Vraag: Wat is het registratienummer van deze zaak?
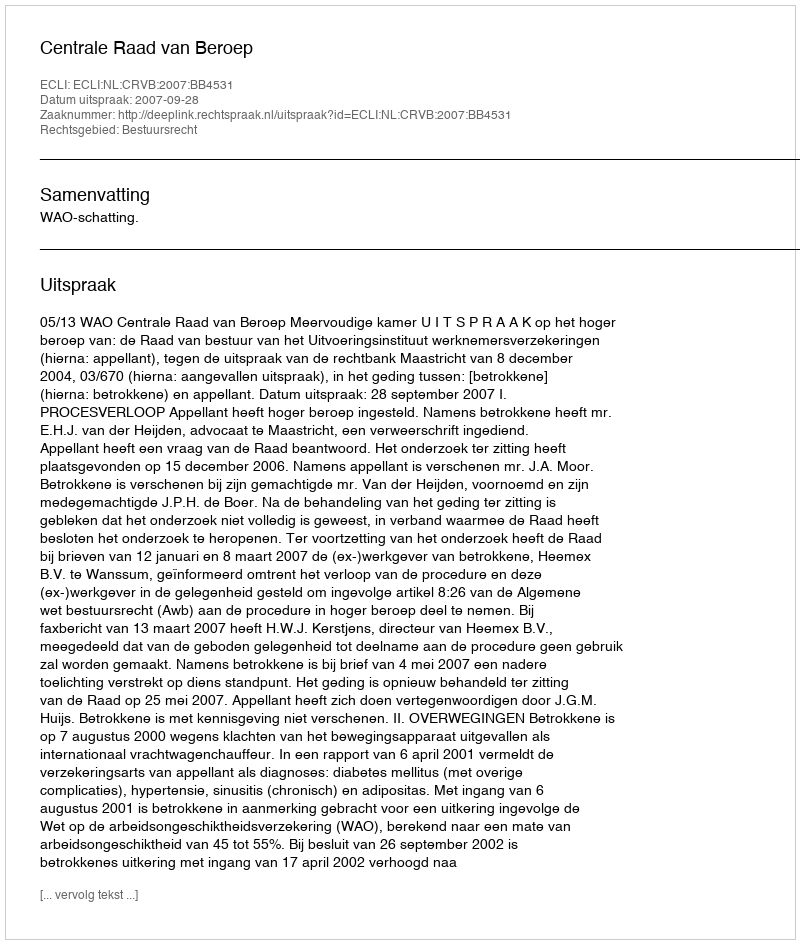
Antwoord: http://deeplink.rechtspraak.nl/uitspraak?id=ECLI:NL:CRVB:2007:BB4531